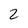
Character: 2